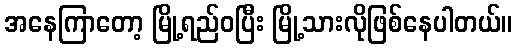
အနေကြာတော့ မြို့ရည်ဝပြီး မြို့သားလိုဖြစ်နေပါတယ်။